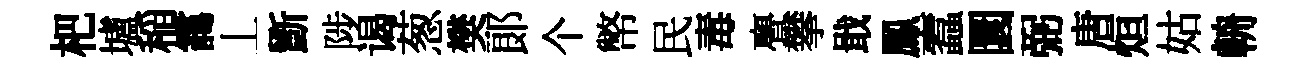
杷壚稲靄丄斵陟谒葱樊郞个幣民毒亹攀戢鳳蠧圜弼唐烜姑輈